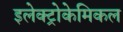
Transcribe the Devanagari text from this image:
इलेक्ट्रोकेमिकल